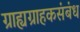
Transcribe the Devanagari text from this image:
ग्राह्यग्राहकसंबंध